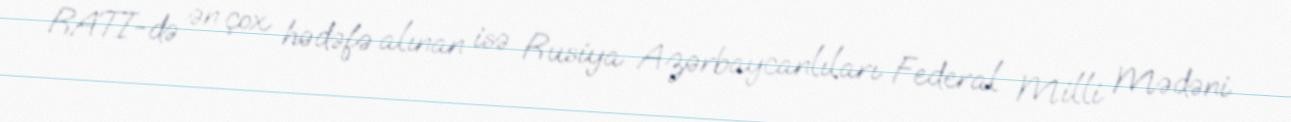
RATI-də ən çox hədəfə alınan isə Rusiya Azərbaycanlıları Federal Milli Mədəni